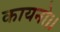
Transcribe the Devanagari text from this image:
कायनो।।